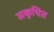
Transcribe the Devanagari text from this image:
सकुचित